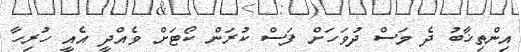
އިންތިޚާބު ދެ މަސް ދުވަހަށް ފަސް ކުރަން ކޯޓަށް ވެއްދީ އެއީ ހުރިހާ